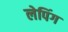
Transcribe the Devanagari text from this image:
लेपिंग